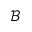
\mathcal { B }